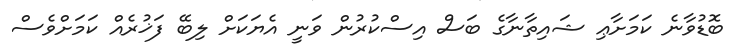
ބޮޑުވާނެ ކަމަށާޢި ޝައިތާނާގެ ބަސް އިސްކުރުން ވަނީ އެޔަކަށް ލިބޭ ފަޚުރެއް ކަމަށްވެސް